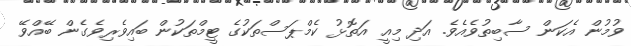
ވުމުން އެކަން ސާބިތުވެއެވެ. އަދި މިއީ އަތޮޅު ކެމްޕަސްތަކުގެ ޓީމްތަކުން ބައިވެރިވެގެން ބޭއްވޭ